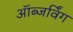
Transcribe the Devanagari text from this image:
ऑब्जर्विंग